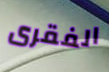
الفقرى